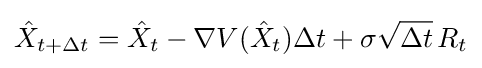
{\hat {X}}_{t+\Delta t}={\hat {X}}_{t}-\nabla V({\hat {X}}_{t})\Delta t+\sigma {\sqrt {\Delta t}}\,R_{t}